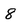
Character: 8